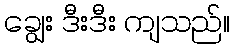
ချွေး ဒီးဒီး ကျသည်။